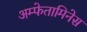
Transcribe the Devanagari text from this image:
अम्फेतामिनेस